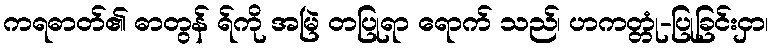
ကရဓာတ်၏ ဓာတွန် ရ်ကို အမြဲ တပြုရာ ရောက် သည်၊ ဟကတ္တုံ-ပြုခြင်းငှာ၊